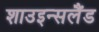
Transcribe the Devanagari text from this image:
शाउइन्सलैंड